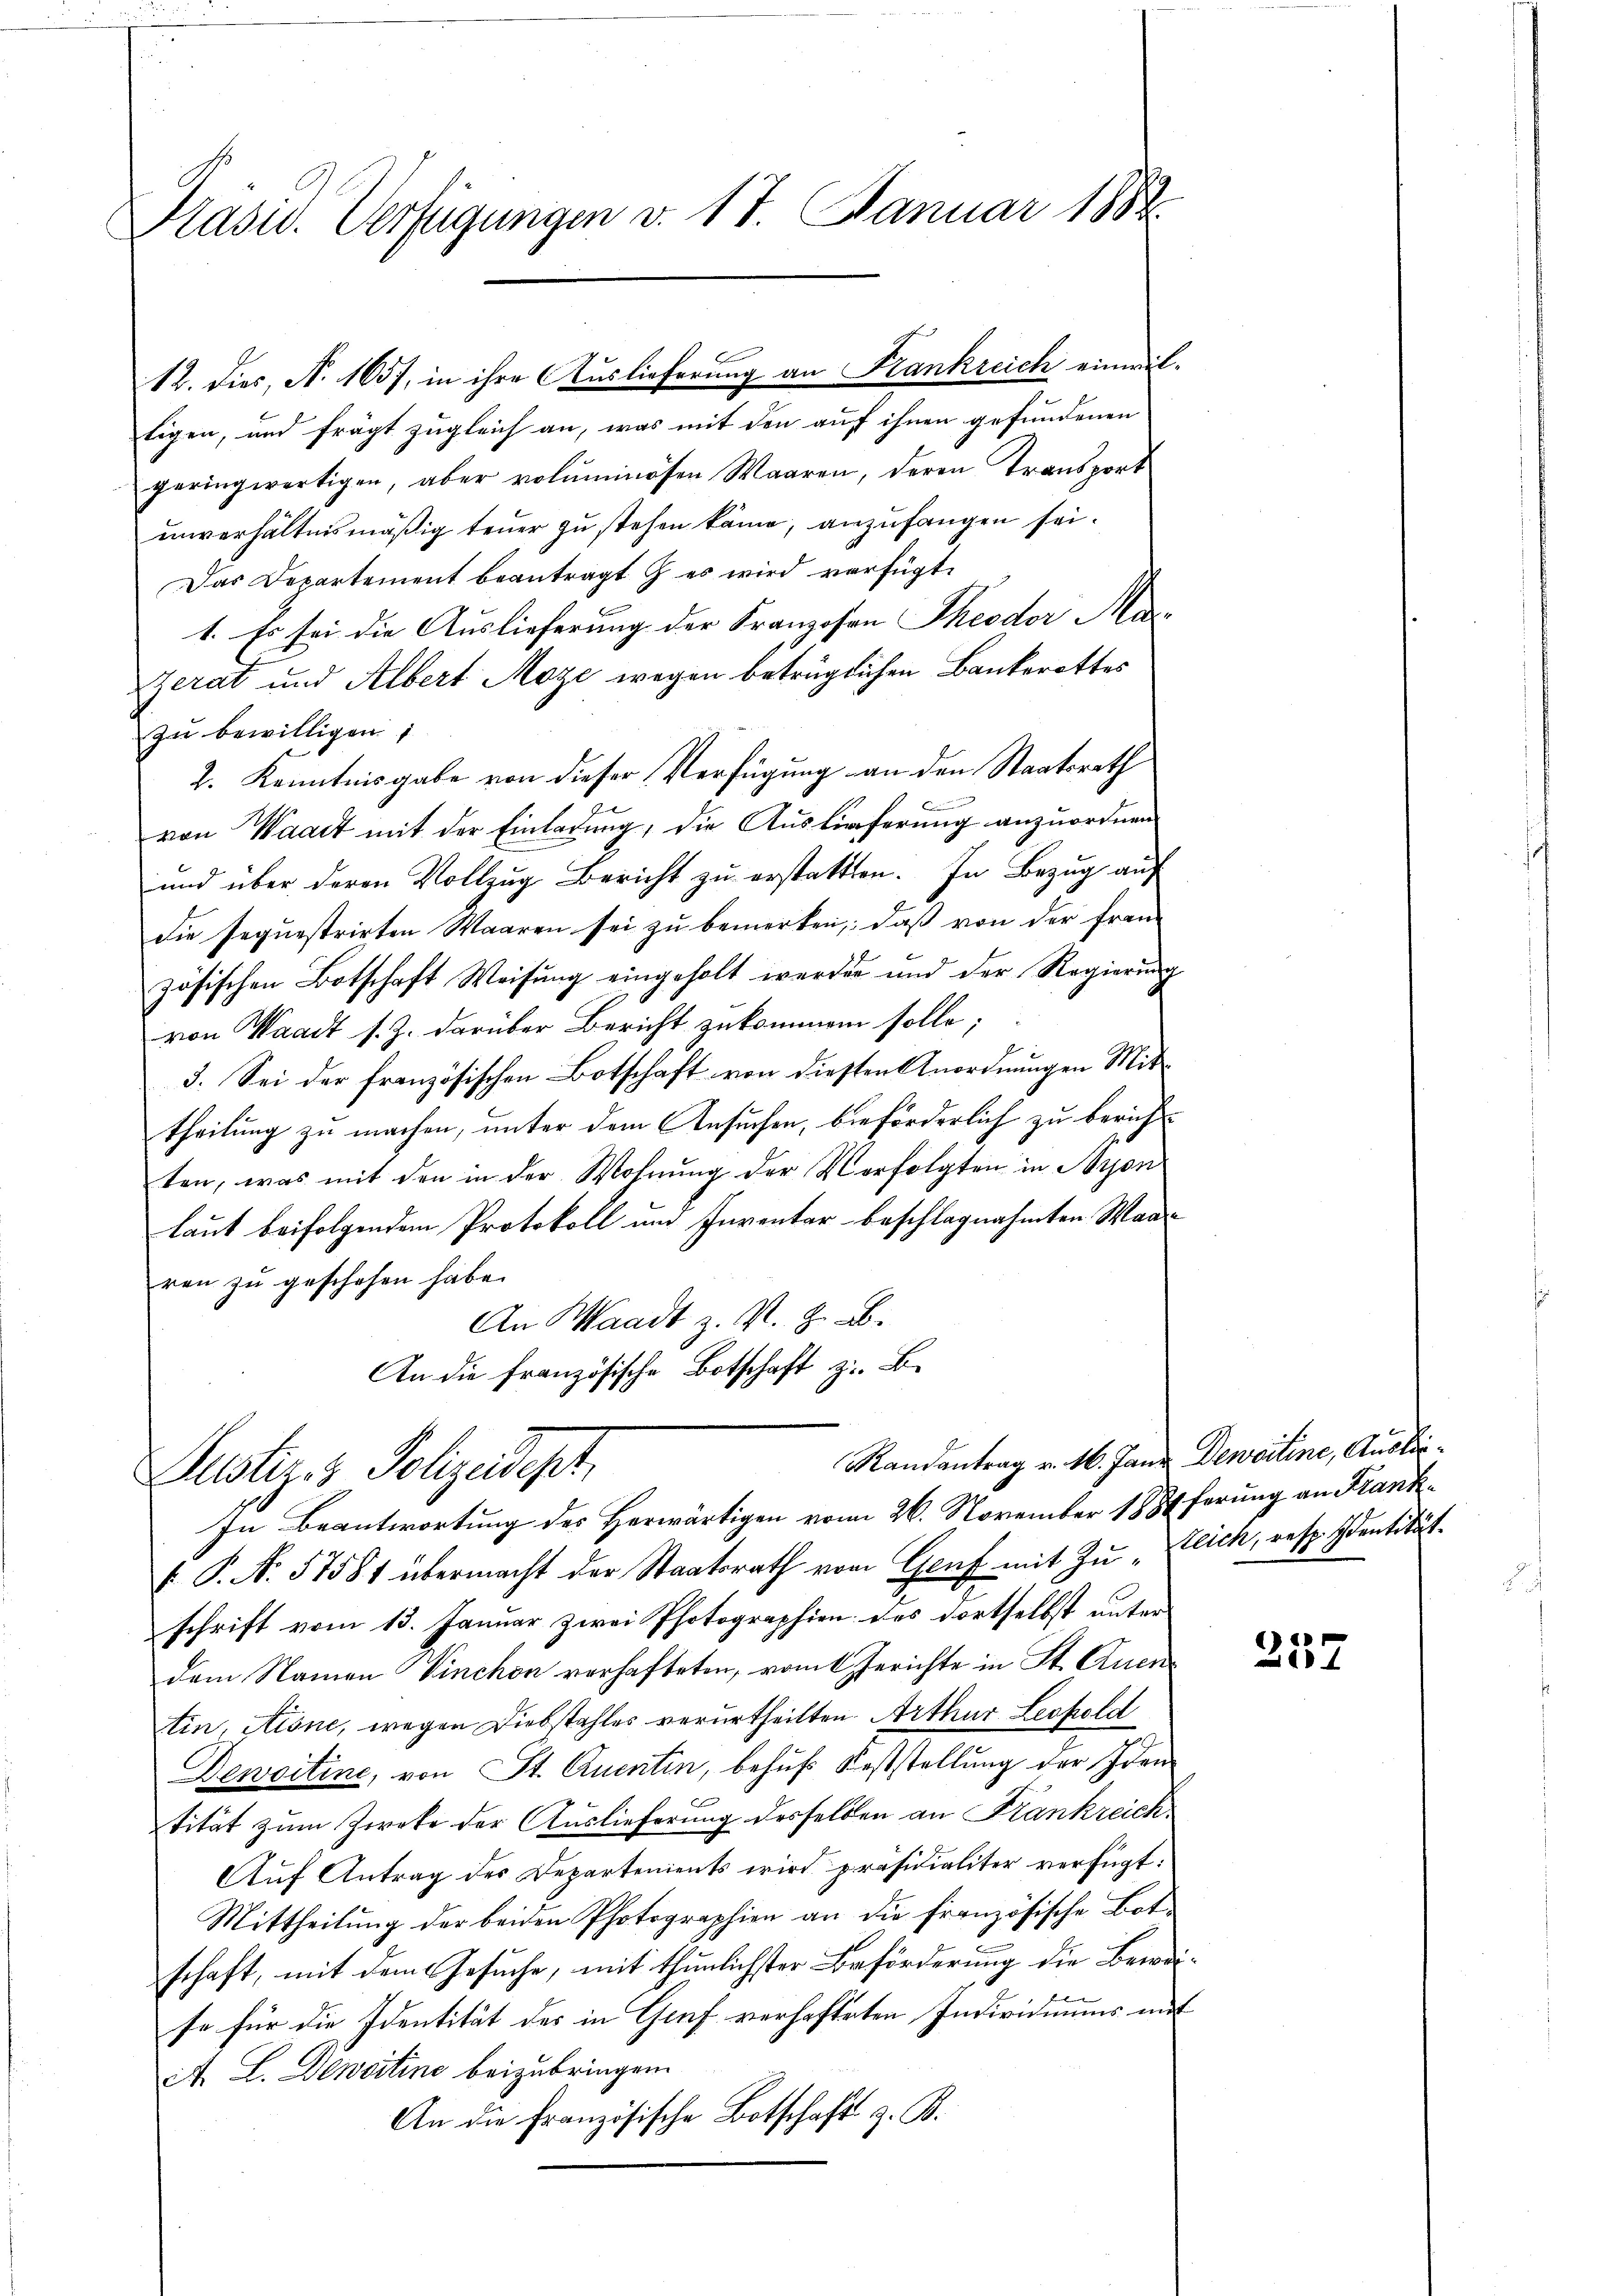
Präsid. Verfügungen d. 17. Januar 1882

tigen, und frägt zugleich an, was mit den auf ihnen gefundenen
geringwärtigen, aber voluminösen Waaren, deren Transport
unverhältnismäßig teuer zu stehen käme, anzufangen sei.
Das Departement beantragt & es wird verfügt.
1. Es sei die Auslieferung der Franzosen Theoder Ma¬
Zerat und Albert Moze wegen betrüglichen Bankerottes
zu bewilligen
2. Kenntnisgabe von dieser Verfügung an den Staatsrath
von Waadt mit der Einladung, die Auslieferung anzuordnen
und über deren Vollzug Bericht zu erstatten. In Bezug auf
die sequestrirten Waaren sei zu bemerken, daß von der fran-
zösischen Botschaft Weisung eingeholt werden und der Regierung
von Waadt s. Z. darüber Bericht zukommen solle;
3. Sei der französischen Botschaft von diesten Anordnungen Mittheilung zu machen, unter dem Ansuchen, beförderlich zu berichtten, was mit den in der Wohnung der Verfolgten in Kron
laut beifolgendem Protokoll und Inventar beschlagnahmten Waad
ren zu geschehen habe.
An Waadt z. S. z. B.
An die französische Botschaft z. B.

12. dies, N. 1657, in ihre Auslieferung an Krankreich einwil¬

P. N. 57581 übermacht der Staatsrath vom Genf mit Zŭ-Klich, resp. Identität.
schrift vom 13. Januar zwei Photographien des dortselbst unter
dem Namen Vinchon vorhafteten, vom Gerichte in St. Quentin, Aisne, wegen Diebstahles verurtheilten Arthur Leopold
Dewoitine, von St. Quentin, behufs Feststellung der Iden
tität zum Zwete der Auslieferung desselben an Frankreich¬
Auf Antrag des Departenients wird präsidialiter verfügt:
Mittheilung der beiden Photographien an die französische Botschaft, mit dem Gesuche, mit thunlichster Beförderung die Bewei¬
 |
se für die Identität des in Genf verhafteten Individuums mit
A. L. Densitine beizubringen.
An die Französische Botschaft z. B.

Justiz & Polizeidept,
In Beantwortung des Herwärtigen vom 26. November 1887ferung an Frank¬

Randantrag v. M. Janz Deweiline, Auslie¬

257